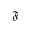
\mathfrak { F }